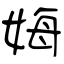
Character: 娒